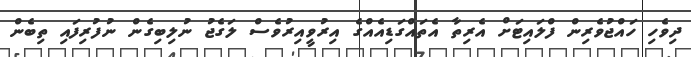
ދިވެހި ހައްޖުވެރިން ފްލައިޓަށް އެރިތާ އެތައްގަޑިއެއްގެ އިރުވީއިރުވެސް ލަގެޖު ނުލިބިގެން ނުފުރިފައި ތިބެން